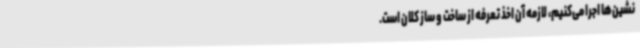
نشین‌ها اجرا می‌کنیم، لازمه ‌آن اخذ تعرفه از ساخت و ساز کلان است.